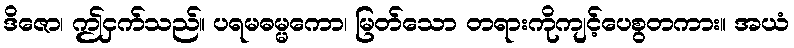
ဒိဇော၊ ဤငှက်သည်။ ပရမဓမ္မကော၊ မြတ်သော တရားကိုကျင့်ပေစွတကား။ အယံ